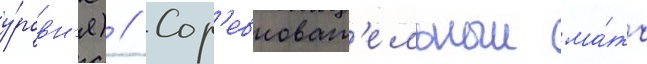
у́ровн'я) // Сор'евноват'ельныи ма́тч